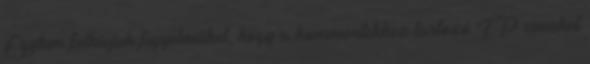
Egyben felhívjuk figyelmüket, hogy a kommentekhez tartozó IP címeket